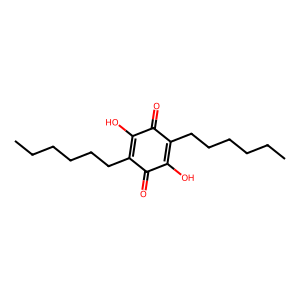
SMILES: CCCCCCC1=C(O)C(=O)C(CCCCCC)=C(O)C1=O
Inhibits HIV replication: No